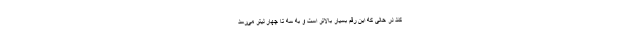
کند در حالی که این رقم بسیار بالاتر است و به سه تا چهار لیتر می‌رسد